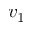
v _ { 1 }